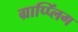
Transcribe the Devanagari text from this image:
ग्राप्प्लिंग